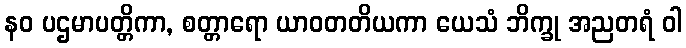
နဝ ပဌမာပတ္တိကာ, စတ္တာရော ယာဝတတိယကာ ယေသံ ဘိက္ခု အညတရံ ဝါ